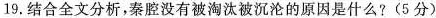
19.结合全文分析,秦腔没有被淘汰被沉沦的原因是什么?(5分)